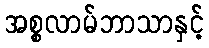
အစ္စလာမ်ဘာသာနှင့်